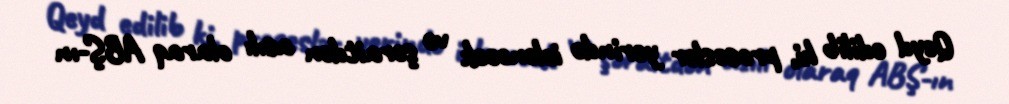
Qeyd edilib ki, proseslər yerində izlənəcək və şəraitdən asılı olaraq ABŞ-ın